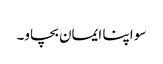
سو اپنا ایمان بچاو۔